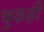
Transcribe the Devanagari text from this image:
चुकही